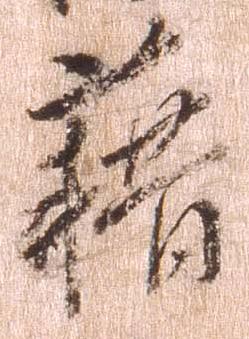
藉